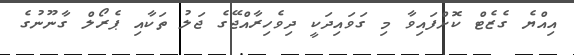
އިއްޔެ ގެޒެޓް ކޮށްފައިވާ މި ގަވައިދަކީ ދިވެހިރާއްޖޭގެ ޖަލު ތަކާއި ޕެރޯލް ގާނޫނުގެ